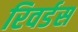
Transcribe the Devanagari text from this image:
रिवर्डस